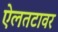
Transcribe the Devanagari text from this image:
ऐलतटावर